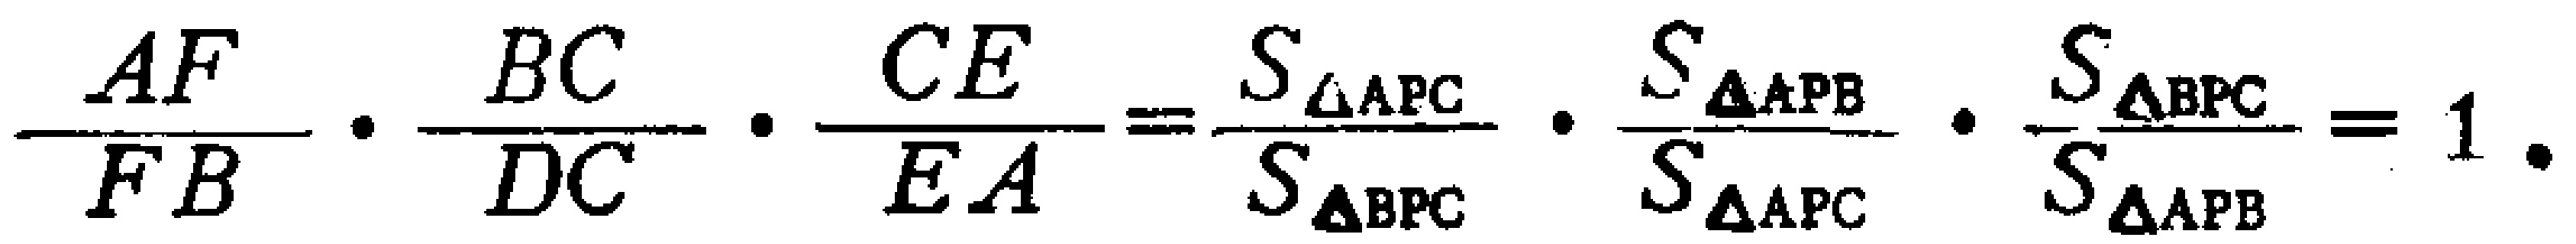
\(\frac{AF}{FB} \cdot \frac{BC}{DC} \cdot \frac{CE}{EA}=\frac{S_{\triangle APC}}{S_{\triangle BPC}} \cdot \frac{S_{\triangle APB}}{S_{\triangle APC}} \cdot \frac{S_{\triangle BPC}}{S_{\triangle APB}} = 1\)